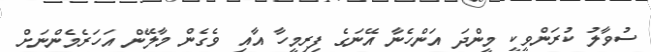
ސުވާލު ކުރަންވީކީ މީންދަ އަންހެނާ އޭނަގެ ފިރިމީހާ އާއި ވެގެން މާލޭން އަހަރެމެންނަށް